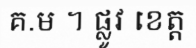
គ.ម ។ ផ្លូវ ខេត្ត